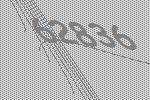
62836